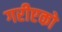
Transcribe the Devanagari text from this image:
गरीएको